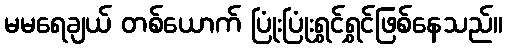
မမရေချယ် တစ်ယောက် ပြုံးပြုံးရွှင်ရွှင်ဖြစ်နေသည်။